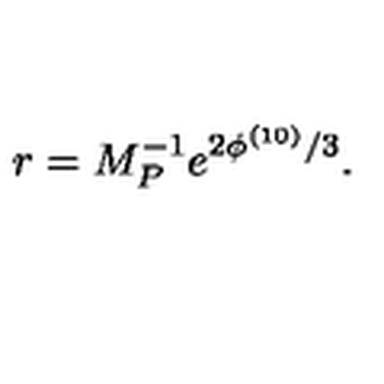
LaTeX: r = M _ { P } ^ { - 1 } e ^ { 2 \phi ^ { ( 1 0 ) } / 3 } .